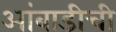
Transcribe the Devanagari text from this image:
आंबाडीची